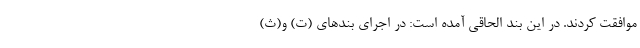
موافقت کردند. در این بند الحاقی آمده است: در اجرای بندهای (ت) و(ث)